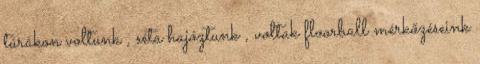
túrákon voltunk , séta hajóztunk , voltak floorball mérkőzéseink